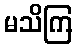
မသိကြ